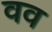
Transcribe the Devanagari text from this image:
वव